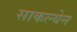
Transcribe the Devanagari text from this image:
साकल्येन